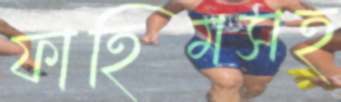
ফাহিমসহ